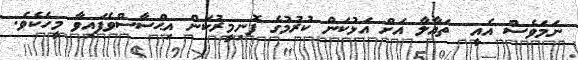
ނަމަވެސް އެއީ  ތަޢާލާ އަށް އަޅުކަން ކުރުމުގެ ފޮނިމީރުކަން އިޙްސާސްވެފައިވާ މީހެކެވެ.